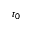
t _ { 0 }